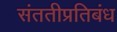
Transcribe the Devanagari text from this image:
संततीप्रतिबंध